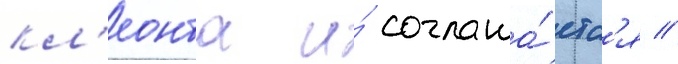
кл'еонта и́ соглаша́етс'я //